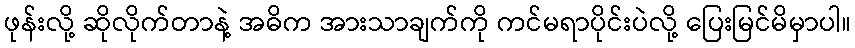
ဖုန်းလို့ ဆိုလိုက်တာနဲ့ အဓိက အားသာချက်ကို ကင်မရာပိုင်းပဲလို့ ပြေးမြင်မိမှာပါ။